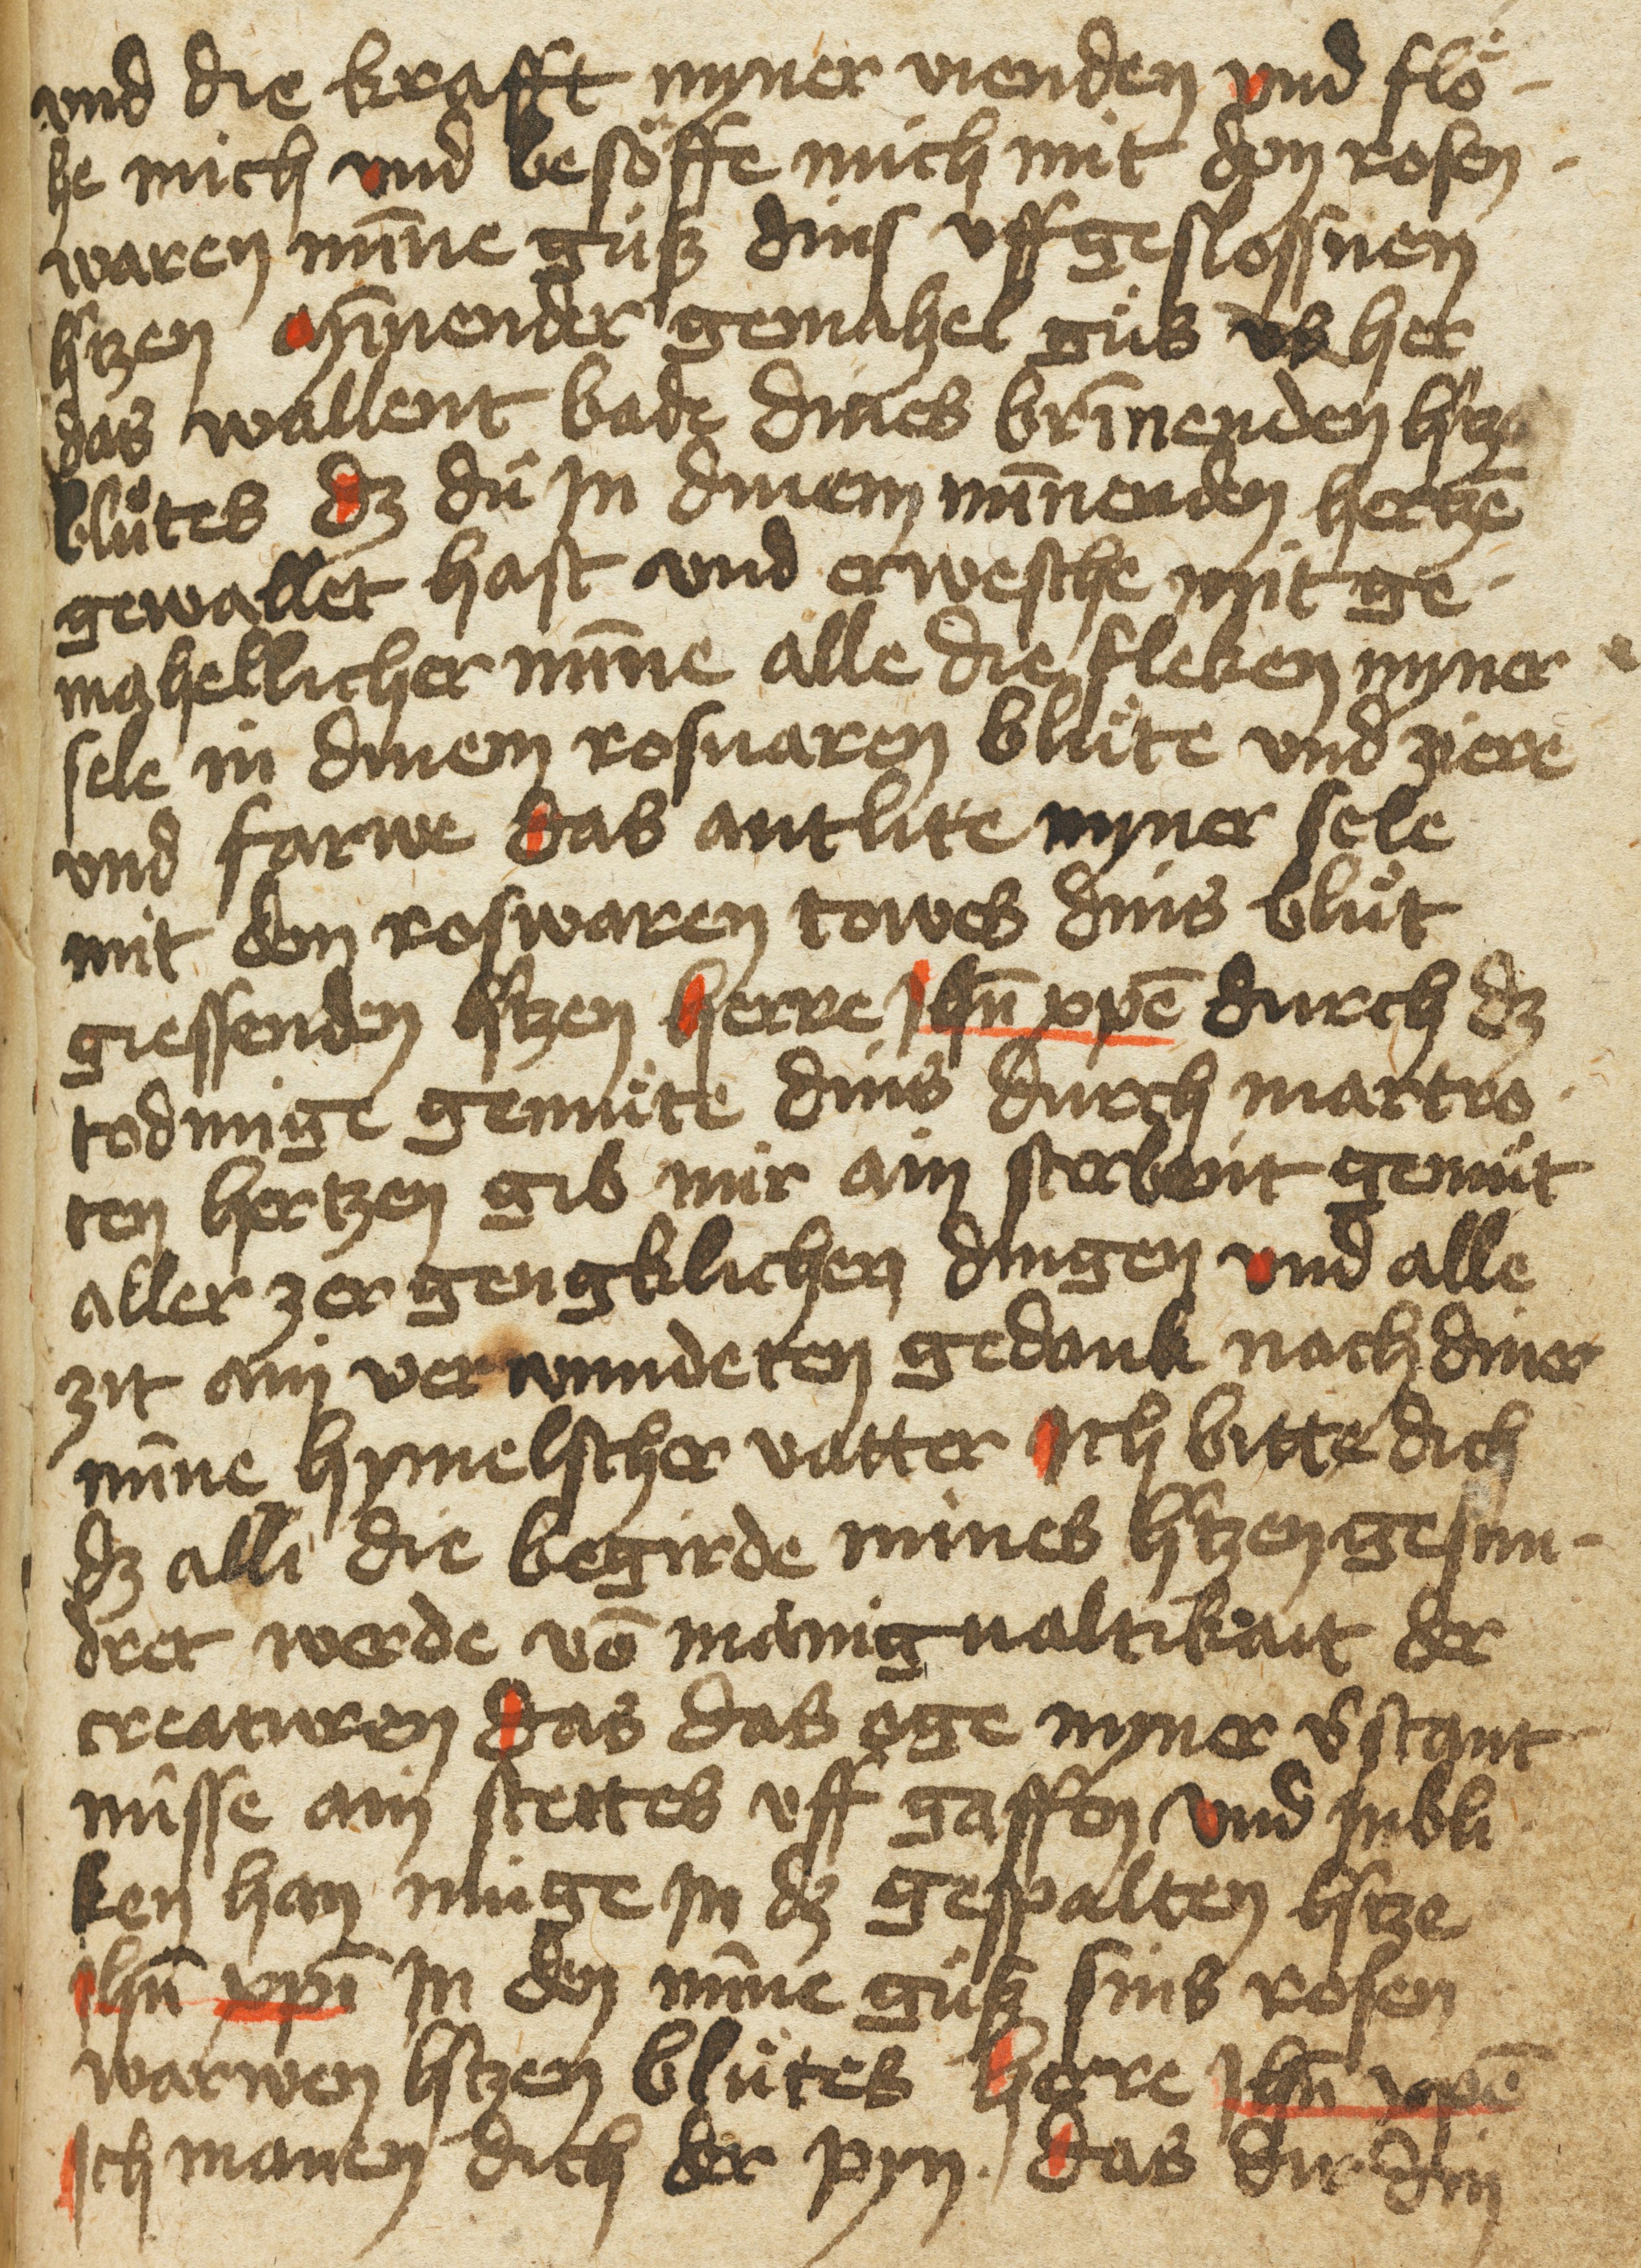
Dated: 1400–1499